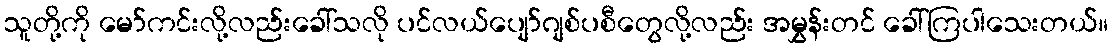
သူတို့ကို မော်ကင်းလို့လည်းခေါ်သလို ပင်လယ်ပျော်ဂျစ်ပစီတွေလို့လည်း အမွှန်းတင် ခေါ်ကြပါသေးတယ်။